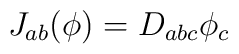
J_{ab} (\phi) = D_{abc} \phi_c